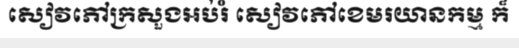
សៀវភៅក្រសួងអប់រំ សៀវភៅខេមរយានកម្ម ក៏